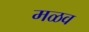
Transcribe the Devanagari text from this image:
मळव